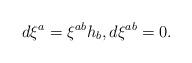
LaTeX: \begin{gather*}d\xi^a=\xi^{ab}h_b ,d\xi^{ab}=0 .\end{gather*}